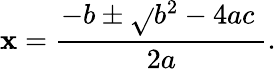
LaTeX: \mathbf{x}={\frac{{-b\pm{\sqrt{}{{b^{2}-4ac\ }}}}}{{2a}}}.